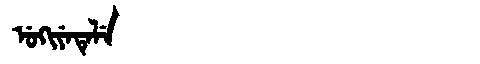
Manchu: ᡠᡴᡳᠶᡝᡨᡝᠯᡝ
Romanization: UKIYETELE